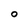
Character: O